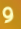
و